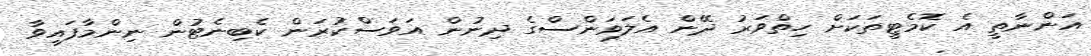
އަންނާތީ އެ ކޮމެޓީތަކަށް ހިތްވަރު ދޭން އެލަވަންސްގެ ދިނުން އަވަސްކުރަން ކެބިނެޓުން ނިންމާފައިވާ